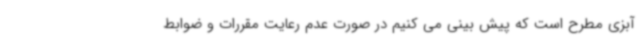
آبزی مطرح است که پیش بینی می کنیم در صورت عدم رعایت مقررات و ضوابط